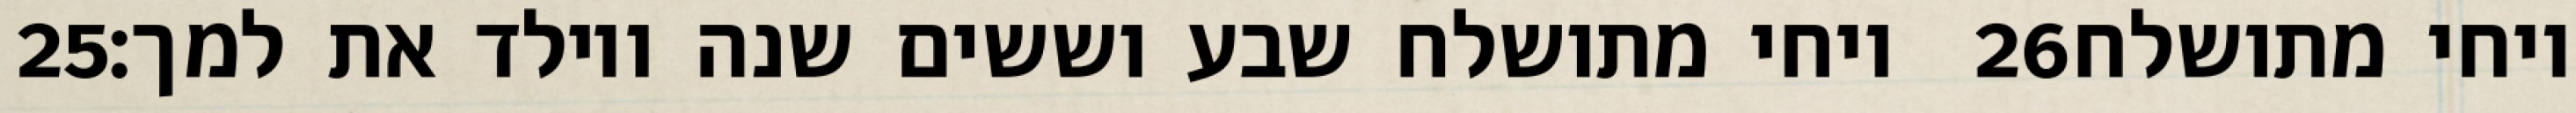
‎25‏ ויחי מתושלח שבע וששים שנה ויולד את למך׃ ‎26‏ ויחי מתושלח